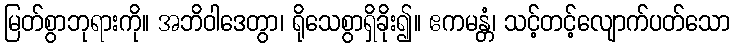
မြတ်စွာဘုရားကို။ အဘိဝါဒေတွာ၊ ရိုသေစွာရှိခိုး၍။ ဧကမန္တံ၊ သင့်တင့်လျောက်ပတ်သော